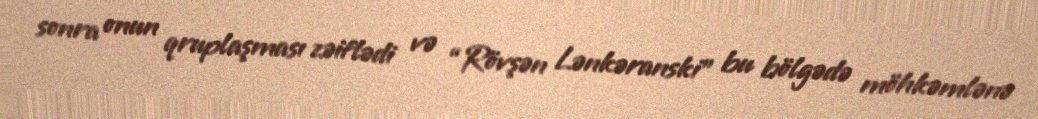
sonra onun qruplaşması zəiflədi və “Rövşən Lənkəranski” bu bölgədə möhkəmlənə